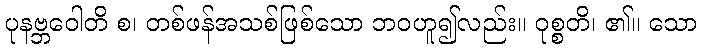
ပုနဗ္ဘဝေါတိ စ၊ တစ်ဖန်အသစ်ဖြစ်သော ဘဝဟူ၍လည်း။ ဝုစ္စတိ၊ ၏။ သော